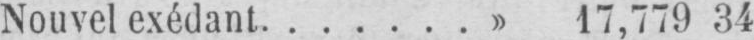
Nouvel exédant.......» 17,779 34